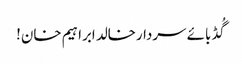
گُڈ بائے سردارخالد ابراہیم خان!